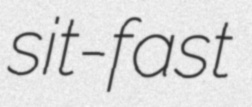
sit-fast